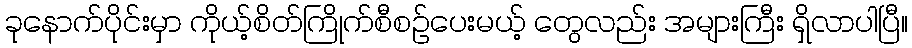
ခုနောက်ပိုင်းမှာ ကိုယ့်စိတ်ကြိုက်စီစဉ်ပေးမယ့် တွေလည်း အများကြီး ရှိလာပါပြီ။